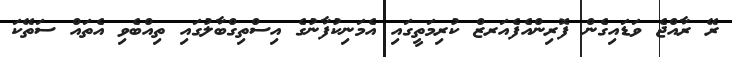
ރޭ ރާއްޖެ ވަޑައިގެން ފޮރިންއެފެއަރޒް ކުރިމަތީގައި އެމަނިކުފާނުގެ އިސްތިގްބާލުގައި ތިއްބެވި އެތައް ސަތޭކަ